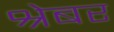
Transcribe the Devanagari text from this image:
श्रेबर